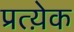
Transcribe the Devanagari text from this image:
प्रत्य़ेक